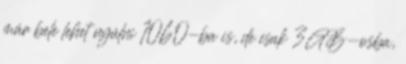
már bele lehet nyúlni 1060-ba is, de csak 3GB-osba,